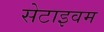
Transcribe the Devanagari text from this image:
सेटाइवम